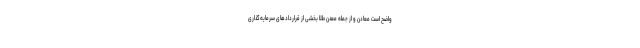
واضح است معادن و از جمله معدن طلا بخشی از قراردادهای سرمایه‌گذاری